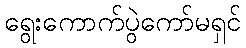
ရွေးကောက်ပွဲကော်မရှင်